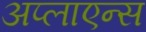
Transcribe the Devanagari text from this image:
अप्लाएन्स